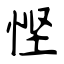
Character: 悭